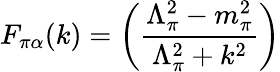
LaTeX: F_{\pi\alpha}(k)=\left(\frac{\Lambda_{\pi}^{2}-m_{\pi}^{2}}{\Lambda_{\pi}^{2}+k^{2}}\right)